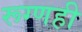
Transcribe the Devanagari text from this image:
रूग्णही